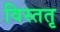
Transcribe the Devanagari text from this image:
विस्ततृ